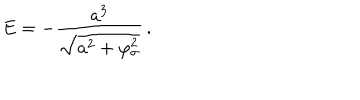
E = - \frac { a ^ { 3 } } { \sqrt { a ^ { 2 } + \varphi _ { \sigma } ^ { 2 } } } \, .